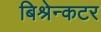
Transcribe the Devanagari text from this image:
बिश्रेन्कटर